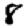
Digit: 8